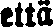
että